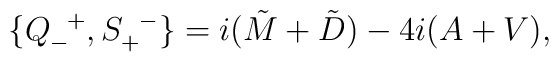
\{Q_-^{\enskip +}, S_+^{\enskip -}\}=i(\tilde{M}+\tilde{D})-4i(A+V),